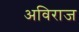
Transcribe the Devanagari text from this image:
अविराज